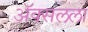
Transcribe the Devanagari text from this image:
ॲक्सलला